Civil Veterinary Department. Madras. Admin. report 1926-33 - 1926-1933
Year: 1926
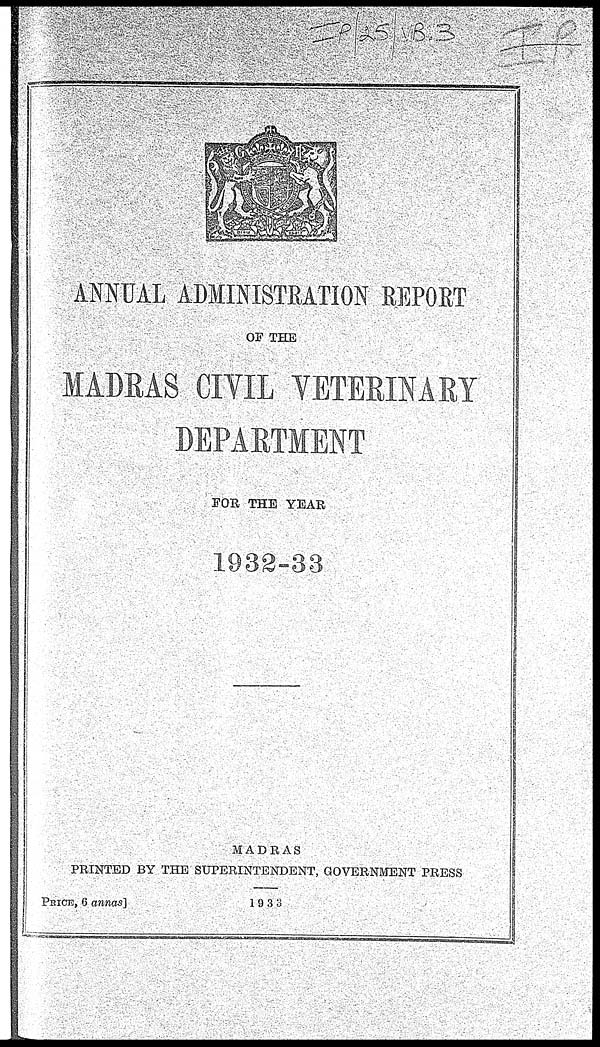
ANNUAL ADMINISTRATION REPORT
OF THE
MADRAS CIVIL VETERINARY
DEPARTMENT
FOR THE YEAR
1932-33
MADRAS
PRINTED BY THE SUPERINTENDENT, GOVERNMENT PRESS
PRICK, 6 annas]
1933